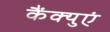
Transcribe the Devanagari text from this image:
कैंक्युएं